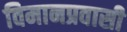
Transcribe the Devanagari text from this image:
विमानप्रवासी